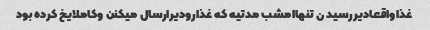
غذاواقعادیررسید ن تنهاامشب مدتیه که غذارودیرارسال میکنن وکاملایخ کرده بود